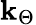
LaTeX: \mathbf{k}_{\Theta}